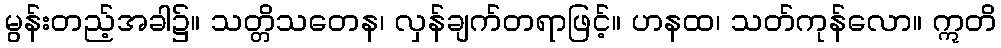
မွန်းတည့်အခါ၌။ သတ္တိသတေန၊ လှန်ချက်တရာဖြင့်။ ဟနထ၊ သတ်ကုန်လော။ ဣတိ